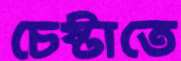
চেষ্টাতে